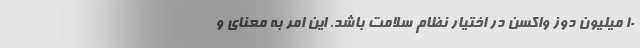
۱۰ میلیون دوز واکسن در اختیار نظام سلامت باشد. این امر به معنای و